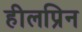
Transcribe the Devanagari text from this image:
हीलप्रिन